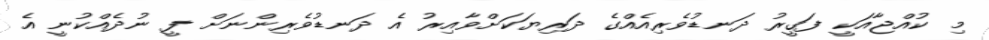
މި ކުއްޖާއަކީ ފަގީރު ދަނޑުވެރިއެއްގެ ދަރިޔަކަށްވާއިރު އެ ދަނޑުވެރިންނަށް ފީ ނުދެއްކުނީ އެ